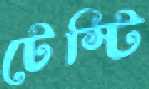
টেস্টি